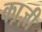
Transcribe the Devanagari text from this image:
का़ज़ी